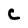
Character: C